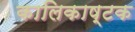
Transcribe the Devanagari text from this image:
कालिकाष्टक